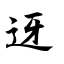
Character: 迓